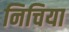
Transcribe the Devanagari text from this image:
निचिया